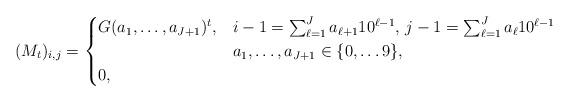
LaTeX: \begin{align*}(M_{t})_{i,j}=\begin{cases}G(a_1,\dots,a_{J+1})^t, &i-1=\sum_{\ell=1}^J a_{\ell+1}10^{\ell-1},\, j-1=\sum_{\ell=1}^J a_\ell 10^{\ell-1}\\&a_1,\dots,a_{J+1}\in\{0,\dots 9\},\\0, &\end{cases}\end{align*}